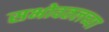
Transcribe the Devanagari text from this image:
सभोवतलच्या